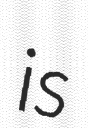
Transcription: is